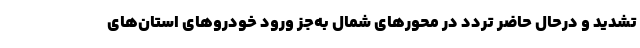
تشدید و درحال حاضر تردد در محورهای شمال به‌جز ورود خودروهای استان‌های